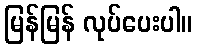
မြန်မြန် လုပ်ပေးပါ။